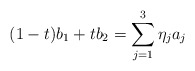
\begin{align*}(1-t)b_1+tb_2 = \sum_{j=1}^3 \eta_ja_j\end{align*}